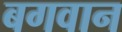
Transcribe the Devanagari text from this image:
बगवान